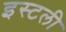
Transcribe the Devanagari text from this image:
इस्टली